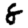
Digit: 8